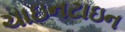
ચાઇનટાઇન